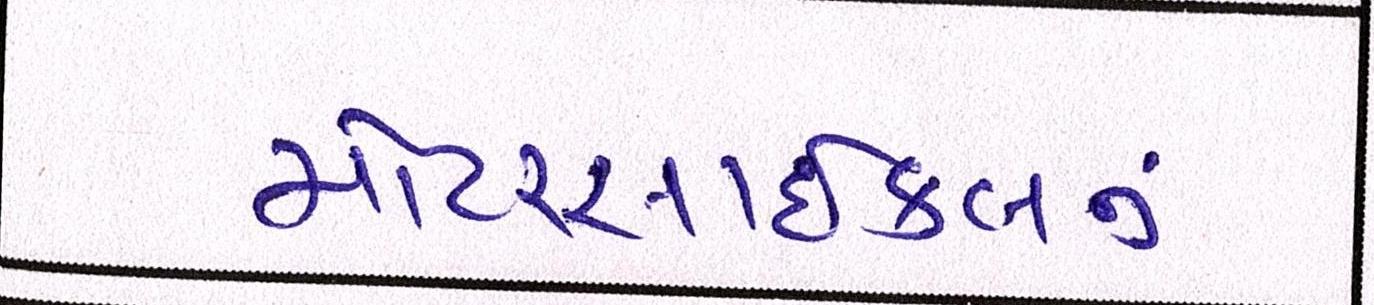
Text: મોટરસાઇકલનું